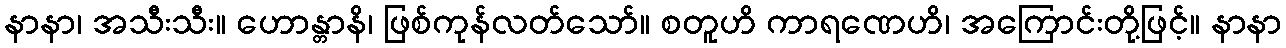
နာနာ၊ အသီးသီး။ ဟောန္တာနိ၊ ဖြစ်ကုန်လတ်သော်။ စတူဟိ ကာရဏေဟိ၊ အကြောင်းတို့ဖြင့်။ နာနာ